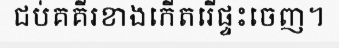
ជប់គគីរខាងកើតរើផ្ទះចេញ។